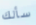
سألك